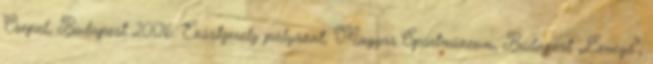
Csepel, Budapest 2006: Ezüstgerely pályázat, Magyar Sportmúzeum, Budapest „Levegő”,